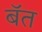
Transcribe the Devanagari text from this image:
बॅत